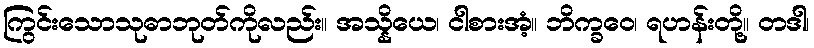
ကြွင်းသောသုဓာဘုတ်ကိုလည်း။ အသ္နိယေ၊ ငါစားအံ့။ ဘိက္ခဝေ၊ ရဟန်းတို့။ တဒါ၊